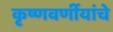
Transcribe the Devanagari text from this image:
कृष्णवर्णीयांचे